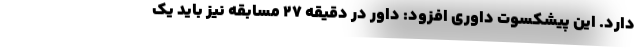
دارد. این پیشکسوت داوری افزود: داور در دقیقه ۲۷ مسابقه نیز باید یک